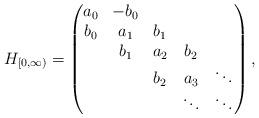
LaTeX: \begin{align*}H_{[0,\infty)}=\begin{pmatrix} a_0 & -b_0 & & \\ b_0 & a_1 & b_1 & \\ & b_1 & a_2 & b_2 \\ & & b_2 & a_3 & \ddots\\ & & & \ddots & \ddots \\\end{pmatrix}, \end{align*}